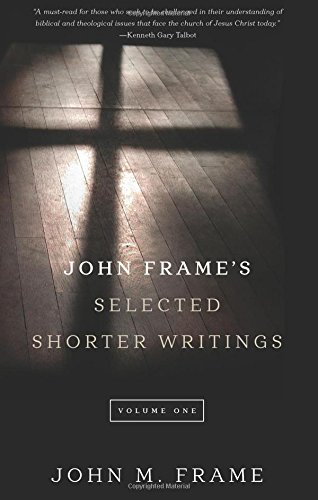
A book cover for John Frame's Selected Shorter Writings, Volume 1; John M. Frame; Christian Books & Bibles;